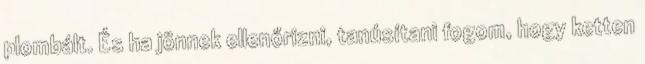
plombált. És ha jönnek ellenőrizni, tanúsítani fogom, hogy ketten